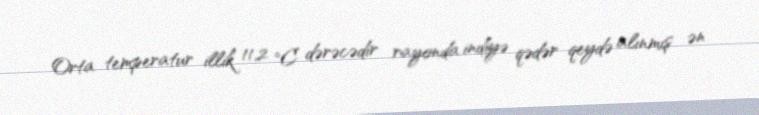
Orta temperatur illik 11,2 °C dərəcədir rayonda indiyə qədər qeydə alınmış ən